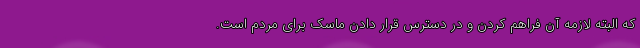
که البته لازمه آن فراهم کردن و در دسترس قرار دادن ماسک برای مردم است.